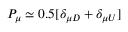
P _ { \mu } \simeq 0 . 5 [ \delta _ { \mu D } + \delta _ { \mu U } ]